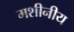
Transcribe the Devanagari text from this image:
मशीनीय